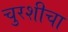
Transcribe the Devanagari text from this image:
चुरशीचा